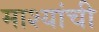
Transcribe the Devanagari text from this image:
माश्यांची